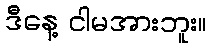
ဒီနေ့ ငါမအားဘူး။